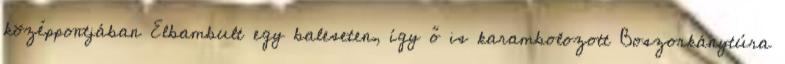
középpontjában Elbambult egy baleseten, így ő is karambolozott Boszorkánytúra